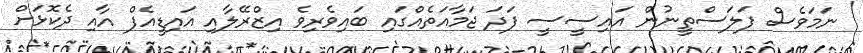
ނަމަވެސް ފަލަސްތީނުން އައިސީސީ ފަދަ ޖަމާއަތެއްގައި ބައިވެރިވެ އިޒްރޭލާއި އައިޑީއެފް އާއި ދެކޮޅަށް